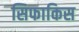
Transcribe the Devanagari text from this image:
सिफाकिस